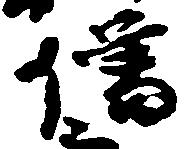
僧